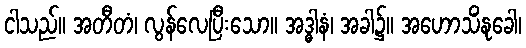
ငါသည်။ အတီတံ၊ လွန်လေပြီးသော။ အဒ္ဓါနံ၊ အခါ၌။ အဟောသိံနုခေါ၊